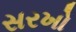
સરખો